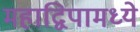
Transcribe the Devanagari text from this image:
महाद्विपामध्ये